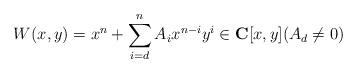
LaTeX: \begin{align*}W(x,y)=x^n+\sum_{i=d}^n A_i x^{n-i} y^i\in {\bf C}[x,y](A_d\ne 0)\end{align*}